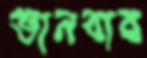
ভানবার